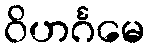
ဝိဟင်္ဂမေ